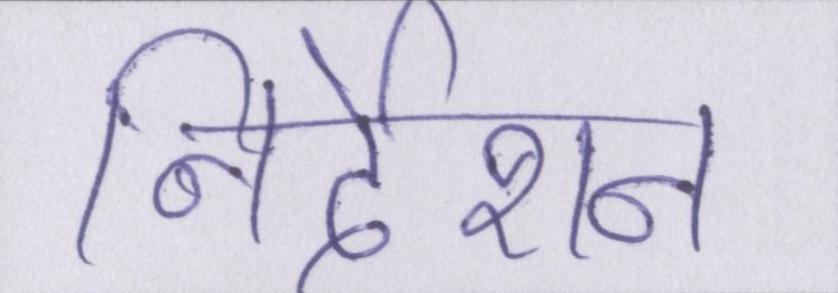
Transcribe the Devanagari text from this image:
निर्देशन